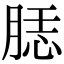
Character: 𦜙